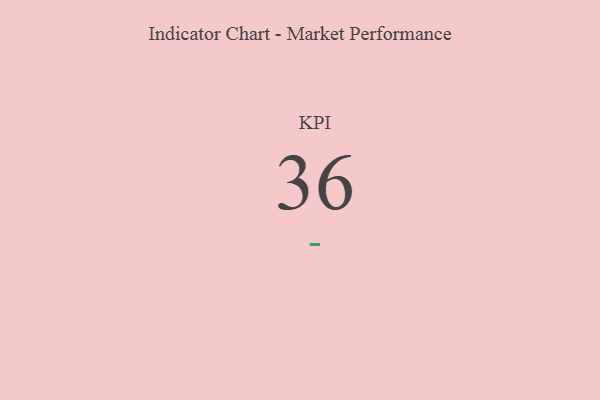
{"axis": {"x": "KPI", "y": "Value"}, "legend": [""], "data": [{"x": "KPI", "y": 36, "type": ""}]}